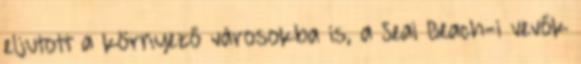
eljutott a környező városokba is, a Seal Beach-i vevők